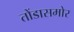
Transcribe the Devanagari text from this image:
तोंडासमोर